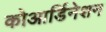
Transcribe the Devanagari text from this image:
कोआर्डिनेशन